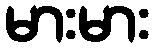
မားမား